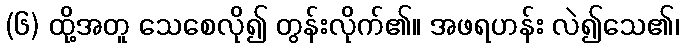
(၆) ထို့အတူ သေစေလို၍ တွန်းလိုက်၏။ အဖရဟန်း လဲ၍သေ၏၊